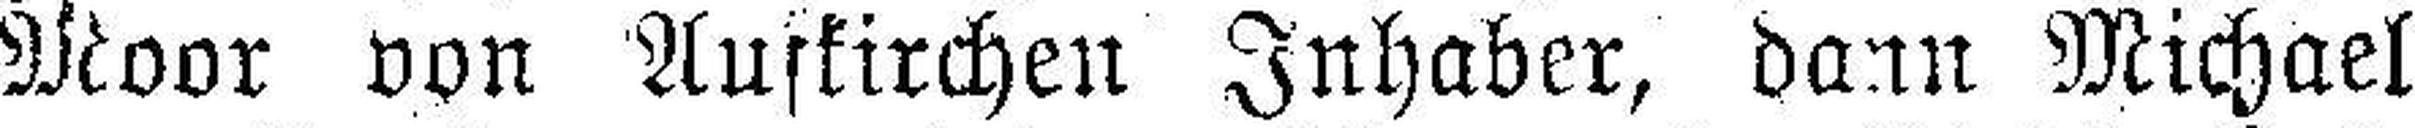
Moor von Aufkirchen Inhaber, dann Michael